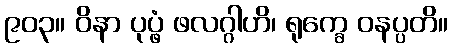
၉၀၃။ ဝိနာ ပုပ္ဖံ ဖလဂ္ဂါဟိ၊ ရုက္ခေ ဝနပ္ပတိ။